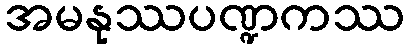
အမနုဿပဏ္ဍကဿ